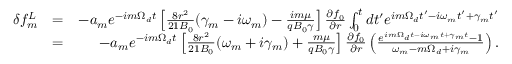
\begin{array} { r l r } { \delta f _ { m } ^ { L } } & { = } & { - a _ { m } e ^ { - i m \Omega _ { d } t } \left[ \frac { 8 r ^ { 2 } } { 2 1 B _ { 0 } } ( \gamma _ { m } - i \omega _ { m } ) - \frac { i m \mu } { q B _ { 0 } \gamma } \right] \frac { \partial f _ { 0 } } { \partial r } \int _ { 0 } ^ { t } d t ^ { \prime } e ^ { i m \Omega _ { d } t ^ { \prime } - i \omega _ { m } t ^ { \prime } + \gamma _ { m } t ^ { \prime } } } \\ & { = } & { - a _ { m } e ^ { - i m \Omega _ { d } t } \left[ \frac { 8 r ^ { 2 } } { 2 1 B _ { 0 } } ( \omega _ { m } + i \gamma _ { m } ) + \frac { m \mu } { q B _ { 0 } \gamma } \right] \frac { \partial f _ { 0 } } { \partial r } \left( \frac { e ^ { i m \Omega _ { d } t - i \omega _ { m } t + \gamma _ { m } t } - 1 } { \omega _ { m } - m \Omega _ { d } + i \gamma _ { m } } \right) . } \end{array}